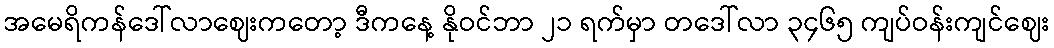
အမေရိကန်ဒေါ်လာဈေးကတော့ ဒီကနေ့ နိုဝင်ဘာ ၂၁ ရက်မှာ တဒေါ်လာ ၃၄၆၅ ကျပ်ဝန်းကျင်ဈေး